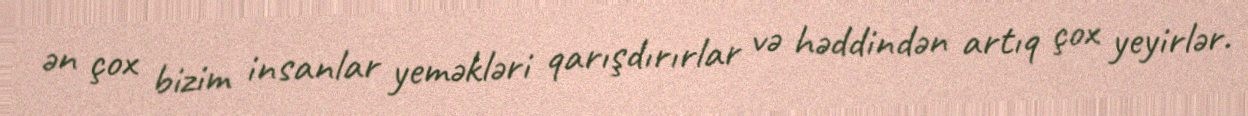
ən çox bizim insanlar yeməkləri qarışdırırlar və həddindən artıq çox yeyirlər.